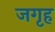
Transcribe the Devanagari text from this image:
जगृह